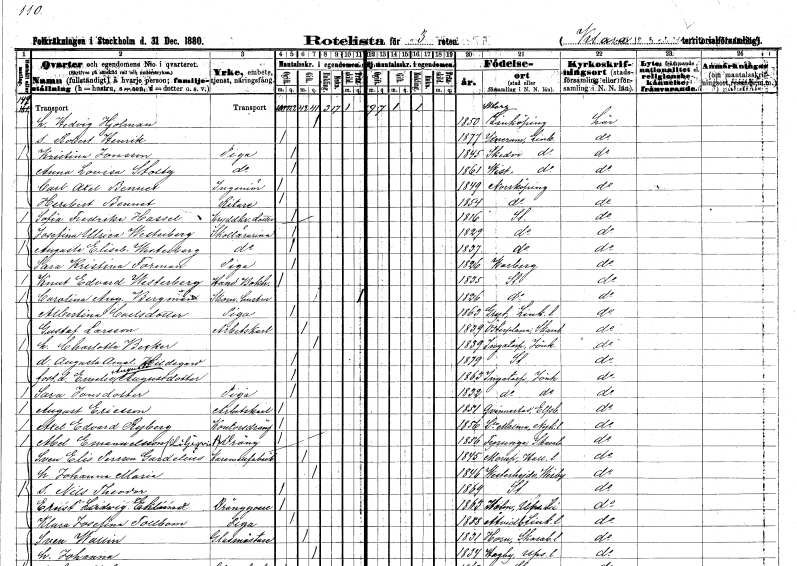
gt_parse: households: individuals: FN: Hedvig
EN: Hjolman
KON: K
CIV: G
FODAR: 1850
FODFORS: Sankt Lars Linköping Östergötlands län
FN: Robert Henrik
KON: M
CIV: O
FODAR: 1877
FODFORS: Yxnerum Östergötlands län
FN: Kristina
EN: Jonsson
YRKE: Piga
KON: K
CIV: O
FODAR: 1845
FODFORS: Skedevi Östergötlands län
FN: Anna Lovisa
EN: Stoltz
YRKE: Piga
KON: K
CIV: O
FODAR: 1861
FODFORS: Vist Östergötlands län
FN: Carl Axel
EN: Bennet
YRKE: Ingenjör
KON: M
CIV: O
FODAR: 1849
FODFORS: Norrköping Östergötlands län
FN: Heribert
EN: Bennet
YRKE: Ritare
KON: M
CIV: O
FODAR: 1854
FODFORS: Norrköping Östergötlands län
FN: Sofia Fredrika
EN: Hassel
YRKE: Kryddkramhandlaredotter
KON: K
CIV: O
FODAR: 1816
FODFORS: Stockholm
FN: Josefina Ulrica
EN: Westerberg
YRKE: Skollärarinna
KON: K
CIV: O
FODAR: 1829
FODFORS: Stockholm
FN: Augusta Elisabet
EN: Westerberg
YRKE: Skollärarinna
KON: K
CIV: O
FODAR: 1837
FODFORS: Stockholm
FN: Sara Kristina
EN: Forman
YRKE: Piga
KON: K
CIV: O
FODAR: 1826
FODFORS: Varberg Hallands län
FN: Knut Edvard
EN: Westerberg
YRKE: Handelsbokhållare
KON: M
CIV: O
FODAR: 1835
FODFORS: Stockholm
FN: Carolina Augusta
EN: Bergman
YRKE: Skomakarehustru
KON: K
CIV: X
FODAR: 1826
FODFORS: Stockholm
FN: Albertina
EN: Carlsdotter
YRKE: Piga
KON: K
CIV: O
FODAR: 1863
FODFORS: Gryt Östergötlands län
FN: Gustaf
EN: Larsson
YRKE: Arbetskarl
KON: M
CIV: G
FODAR: 1839
FODFORS: Österplana Skaraborgs län
FN: Charlotta
EN: Becker
KON: K
CIV: G
FODAR: 1839
FODFORS: Ingatorp Jönköpings län
FN: Augusta Amalia Hildegard
KON: K
CIV: O
FODAR: 1879
FODFORS: Stockholm
FN: Emelie Augusta
EN: Augustdotter
KON: K
CIV: O
FODAR: 1863
FODFORS: Ingatorp Jönköpings län
FN: Sara
EN: Jonsdotter
YRKE: Piga
KON: K
CIV: O
FODAR: 1832
FODFORS: Ingatorp Jönköpings län
FN: August
EN: Ericsson
YRKE: Arbetskarl
KON: M
CIV: O
FODAR: 1851
FODFORS: Kvinnestad Älvsborgs län
FN: Axel Edvard
EN: Ryberg
YRKE: Kontorsdräng
KON: M
CIV: O
FODAR: 1856
FODFORS: Lilla Malma Södermanlands län
FN: Abel
EN: Emanuelsson Liljeqvist
YRKE: Dräng
KON: M
CIV: O
FODAR: 1856
FODFORS: Fyrunga Skaraborgs län
FN: Sven Elis
EN: Persson Gardelius
YRKE: Karamellfabrikör
KON: M
CIV: G
FODAR: 1845
FODFORS: Morup Hallands län
FN: Johanna Maria
KON: K
CIV: G
FODAR: 1846
FODFORS: Västerhejde Gotlands län
FN: Nils Theodor
KON: M
CIV: O
FODAR: 1869
FODFORS: Stockholm
FN: Ernst Ludvig
EN: Eklund
YRKE: Dränggosse
KON: M
CIV: O
FODAR: 1863
FODFORS: Holm Uppsala län
FN: Klara Josefina
EN: Tollbom
YRKE: Piga
KON: K
CIV: O
FODAR: 1858
FODFORS: Åtvid Östergötlands län
FN: Sven
EN: Wallin
YRKE: Glasmästare
KON: M
CIV: G
FODAR: 1831
FODFORS: Horn Skaraborgs län
FN: Johanna
KON: K
CIV: G
FODAR: 1834
FODFORS: Hagby Uppsala län